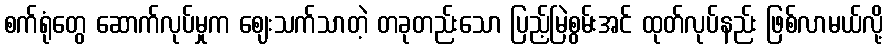
စက်ရုံတွေ ဆောက်လုပ်မှုက ဈေးသက်သာတဲ့ တခုတည်းသော ပြည့်မြဲစွမ်းအင် ထုတ်လုပ်နည်း ဖြစ်လာမယ်လို့